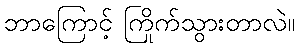
ဘာကြောင့် ကြိုက်သွားတာလဲ။